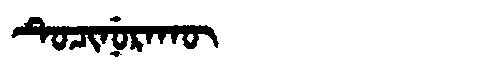
Manchu: ᡨᡠᠴᡳᠨᡠᡵᠠᡴᡡ
Romanization: TUCINURAKŪ